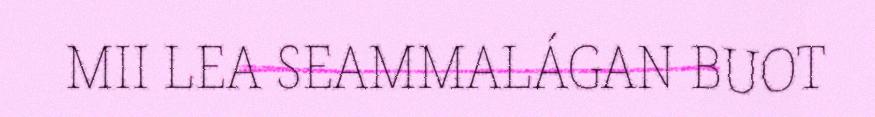
MII LEA SEAMMALÁGAN BUOT